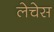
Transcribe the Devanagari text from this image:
लेचेस